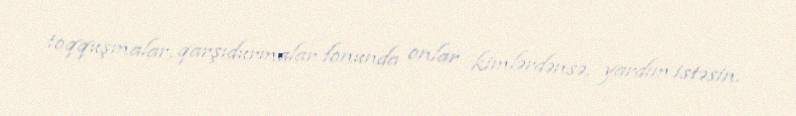
toqquşmalar, qarşıdurmalar fonunda onlar kimlərdənsə, yardım istəsin.